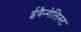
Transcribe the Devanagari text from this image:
ईवैन्गेलिस्ट